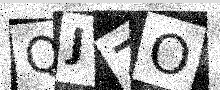
Text: QJZO